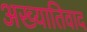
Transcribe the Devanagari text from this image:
अख्यातिवाद